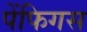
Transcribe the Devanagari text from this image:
पेंफिगस